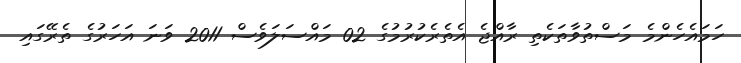
ހަމައެހެންމެ މަސްތުވާތަކެތި ރާއްޖެ އެތެރެކުރުމުގެ 02 މައްސަލަވެސް 2011 ވަނަ އަހަރުގެ ތެރޭގައި